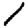
Digit: 1